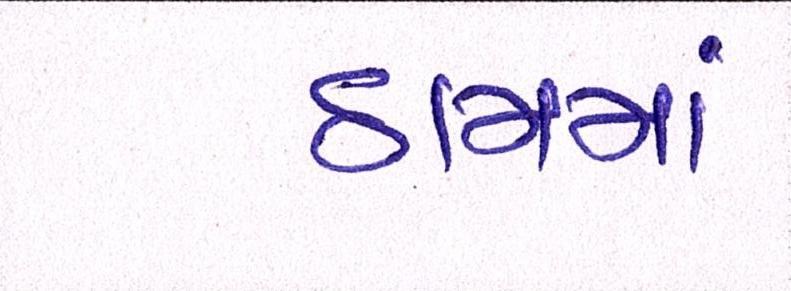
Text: ઠામમાં